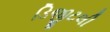
ડિજીટલી